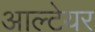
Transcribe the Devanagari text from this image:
आल्टेयर